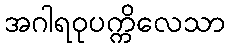
အဂါရဝုပက္ကိလေသာ